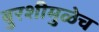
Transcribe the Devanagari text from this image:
बुरशीमुळेच